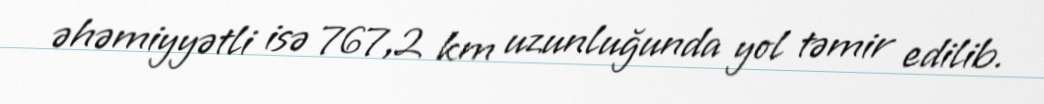
əhəmiyyətli isə 767,2 km uzunluğunda yol təmir edilib.